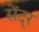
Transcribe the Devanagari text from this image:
सेंदूर